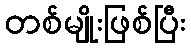
တစ်မျိုးဖြစ်ပြီး